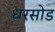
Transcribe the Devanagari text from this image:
धरसोड